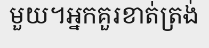
មួយ។អ្នកគួរខាត់ត្រង់